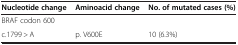
| Nucleotide change | Aminoacid change | No. of mutated cases (%) |
 | --- | --- | --- |
 | BRAF codon 600 |  |  |
 | c.1799 > A | p. V600E | 10 (6.3%) |